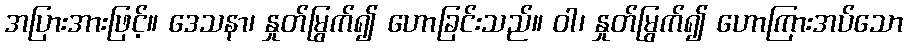
အပြားအားဖြင့်။ ဒေသနာ၊ နှုတ်မြွက်၍ ဟောခြင်းသည်။ ဝါ၊ နှုတ်မြွက်၍ ဟောကြားအပ်သော